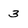
Character: 3